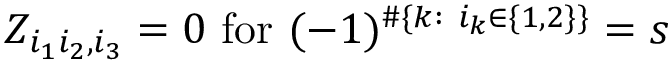
Z _ { i _ { 1 } i _ { 2 } , i _ { 3 } } = 0 \mathrm { ~ f o r ~ } ( - 1 ) ^ { \# \{ k : \ i _ { k } \in \{ 1 , 2 \} \} } = s